Report on inoculation in the plague infected areas of the Punjab and its dependencies from October 1900 to September 1901
Year: 1900
Disease focus: Plague
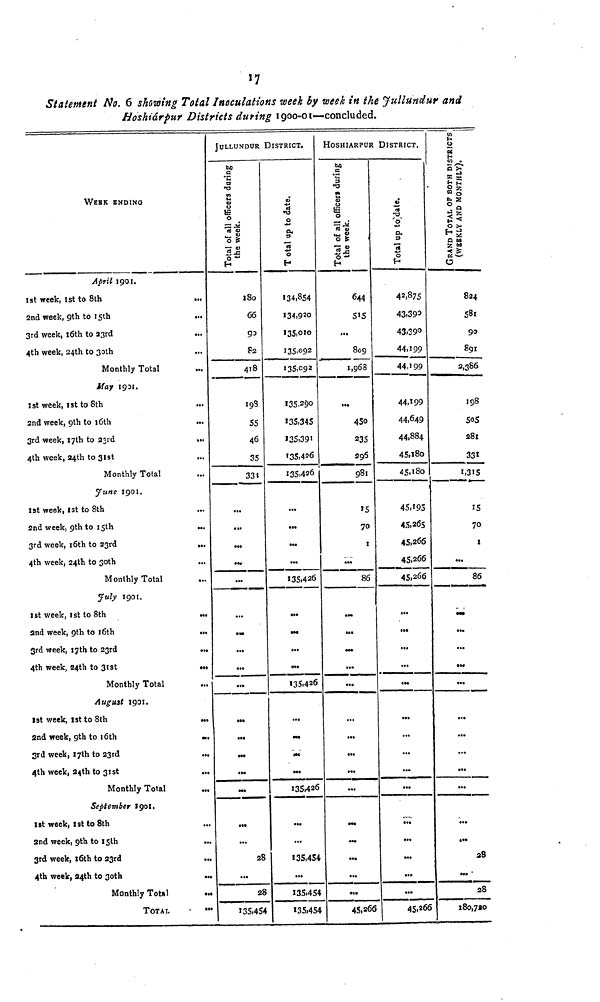
17
Statement No. 6 showing Total Inoculations week by week in the Jullundur and
Hoshiárpur Districts during 1900-01-—concluded.
WEeK ENDING
April 1901.
1st week, 1st to 8th
2nd week, 9th to 15th
3rd week, 16th to 23rd
4th week, 24th to 30th
Monthly Total
May 1901.
1st week, 1st to 8th
2nd week, 9th to 16th
3rd week, 17th to 23rd
***
4th week, 24th to 31st
Monthly Total
June 1901.
1st week, 1st to 8th
2nd week, 9th to
15th
***
3rd week, 16th to 23rd
***
4th week, 24th to 30th
Monthly Total
July 1901.
1st week, 1st to 8th
***
2nd week, 9th to
16th
**
3rd week, I7th to 23rd
***
4th week, 24th to 31st
***
Monthly Total
August 1901.
1st week, 1st to 8th
***
2nd week, 9th to 16th
***
3rd week, 17th to 23rd
4th week, 24th to 31st
***
Monthly Total
September 1901.
1st week, 1st to 8th
2nd week, 9th to 15th
3rd week, 16th to 23rd
***
4th week, 34th to 30th
Monthly Total
***
TOTAL
***
JULLUNDUR DISTRICT.
Total of all officers during
the week.
180
66
90
82
418
198
55
46
35
334
***
***
***
***
***
***
***
***
***
***
***
...
M*
***
***
***
28
***
28
135,454
Total up to date.
134,854
134,920
135,010
135,092
135,092
135,290
135,345
135,391
135,426
135,426
***
***
...
***
135,426
***
***
***
***
135,426
***
***
***
***
135,426
***
***
135,454
***
135,454
135.454
HOSHIARPUR DISTRICT.
the week.
644
515
***
809
1,968
***
450
235
296
981
15
70
1
***
86
***
***
***
***
***
***
***
***
***
***
***
***
***
***
***
45,266
Total up to date
42,875
43,393
43,390
44,199
44,199
44,199
44,649
44,884
45,180
45,180
45,193
45,26s
45,266
45,266
45,266
***
***
***
***
***
***
***
***
***
***
***
***
***
***
***
45,266
GRAND TOTAL OF BOTH DISTRICTS
(WEEKLY AND MONTHLY).
824
581
90
891
2,386
198
505
281
331
1,315
IS
70
1
***
86
***
***
***
***
***
***
***
***
***
***
***
***
28
***
28
180,780